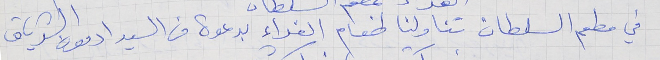
في مطعم السلطان تناولنا طعام الغداء بدعوة من السيد ادمون الشدياق